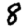
Digit: 8